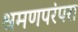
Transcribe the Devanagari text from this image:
श्रमणपरंपरा